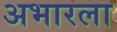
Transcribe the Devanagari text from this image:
अभारला